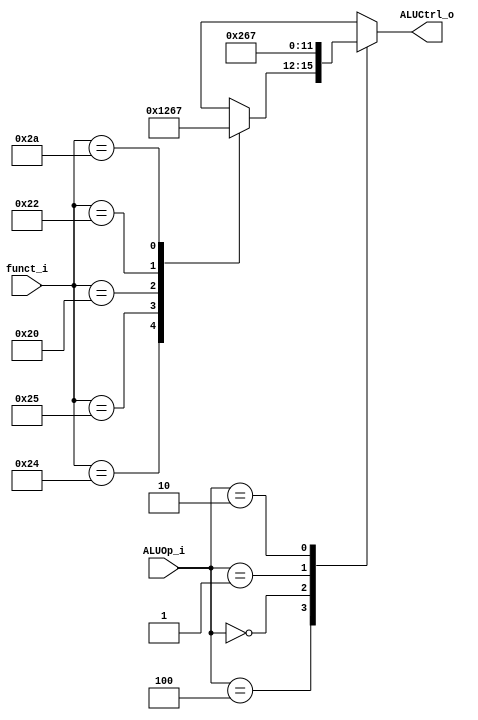
// 0516244 TAY CHUN KEAT ???
//Subject:     CO project 2 - ALU Controller
//--------------------------------------------------------------------------------
//Version:     1
//--------------------------------------------------------------------------------
//Writer:      
//----------------------------------------------
//Date:        
//----------------------------------------------
//Description: 
//--------------------------------------------------------------------------------

module ALU_Ctrl(
          funct_i,
          ALUOp_i,
          ALUCtrl_o
);
          
//I/O ports 
input      [6-1:0] funct_i;
input      [3-1:0] ALUOp_i;

output     [4-1:0] ALUCtrl_o;    
     
//Internal Signals
reg        [4-1:0] ALUCtrl_o;

//Parameter


//Select exact operation
always@(*) begin
    case (ALUOp_i)
        // R-type
        3'b100:
            case (funct_i)
                6'b100100: ALUCtrl_o <= 4'b0000;    // and 0000
                6'b100101: ALUCtrl_o <= 4'b0001;    // or  0001
                6'b100000: ALUCtrl_o <= 4'b0010;    // add 0010
                6'b100010: ALUCtrl_o <= 4'b0110;    // sub 0110
                6'b101010: ALUCtrl_o <= 4'b0111;    // slt 0111
                default:   ALUCtrl_o <= 4'bxxxx;
            endcase
        3'b000:  ALUCtrl_o <= 4'b0010;               // add in addi
        3'b001:  ALUCtrl_o <= 4'b0110;               // sub in beq
        3'b010:  ALUCtrl_o <= 4'b0111;               // slt in slti
        default: ALUCtrl_o <= 4'bxxxx;
    endcase
end
endmodule